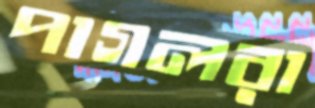
পাগলরা